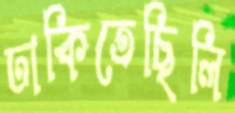
ঢাকিতেছিলি